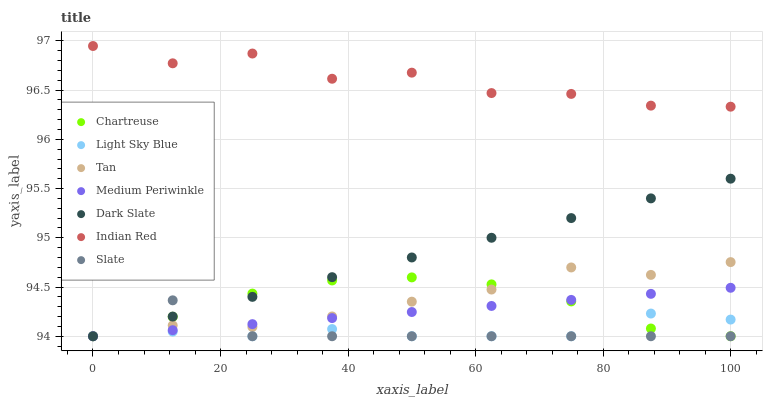
| xaxis_label | Chartreuse | Light Sky Blue | Tan | Medium Periwinkle | Dark Slate | Indian Red | Slate |
 | --- | --- | --- | --- | --- | --- | --- | --- |
 | 0 | 94 | 94 | 94 | 94 | 94 | 96.9 | 94.6 |
 | 12.5 | 94.2 | 94 | 94.1 | 94.1 | 94.2 | 96.8 | 94.4 |
 | 25 | 94.4 | 94 | 94.1 | 94.1 | 94.4 | 96.9 | 94 |
 | 37.5 | 94.6 | 94.1 | 94.2 | 94.2 | 94.6 | 96.6 | 94 |
 | 50 | 94.6 | 94 | 94.4 | 94.2 | 94.8 | 96.7 | 94 |
 | 62.5 | 94.5 | 94 | 94.5 | 94.3 | 95 | 96.5 | 94 |
 | 75 | 94.4 | 94 | 94.7 | 94.4 | 95.2 | 96.5 | 94 |
 | 87.5 | 94.1 | 94.2 | 94.6 | 94.4 | 95.4 | 96.3 | 94 |
 | 100 | 94 | 94.2 | 94.8 | 94.5 | 95.6 | 96.3 | 94 |